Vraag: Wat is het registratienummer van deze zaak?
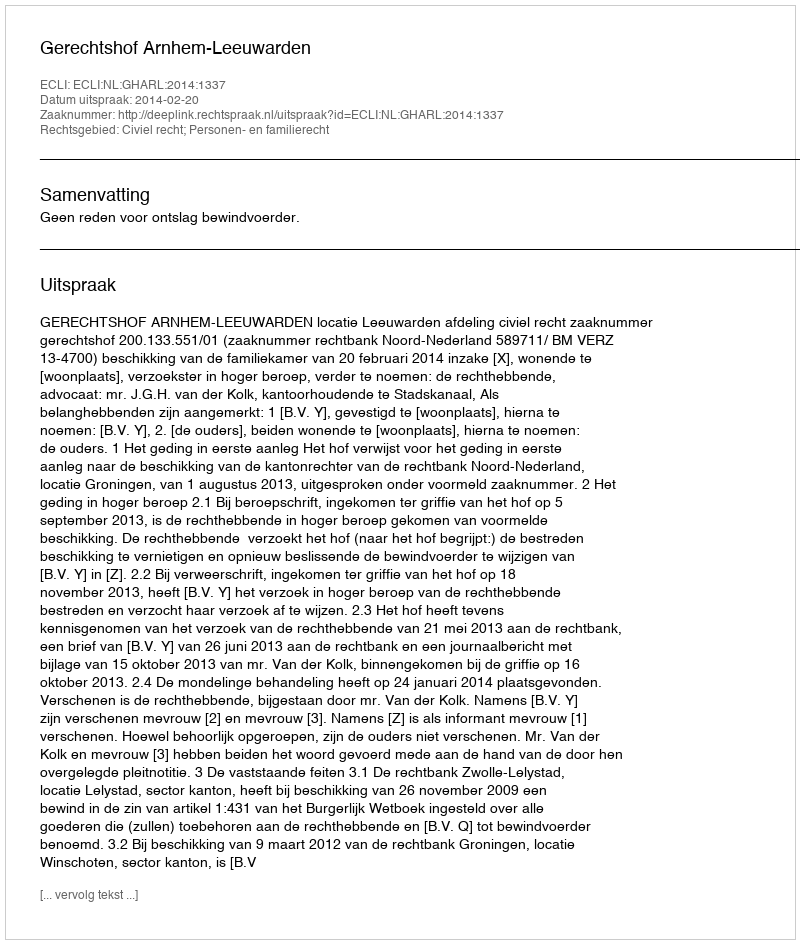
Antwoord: http://deeplink.rechtspraak.nl/uitspraak?id=ECLI:NL:GHARL:2014:1337